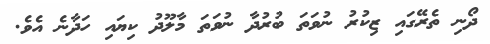
ދޯނި ތެރޭގައި ޒިކުރު ނުވަތަ ބުރުދާ ނުވަތަ މާލޫދު ކިޔައި ހަދާނެ އެވެ.